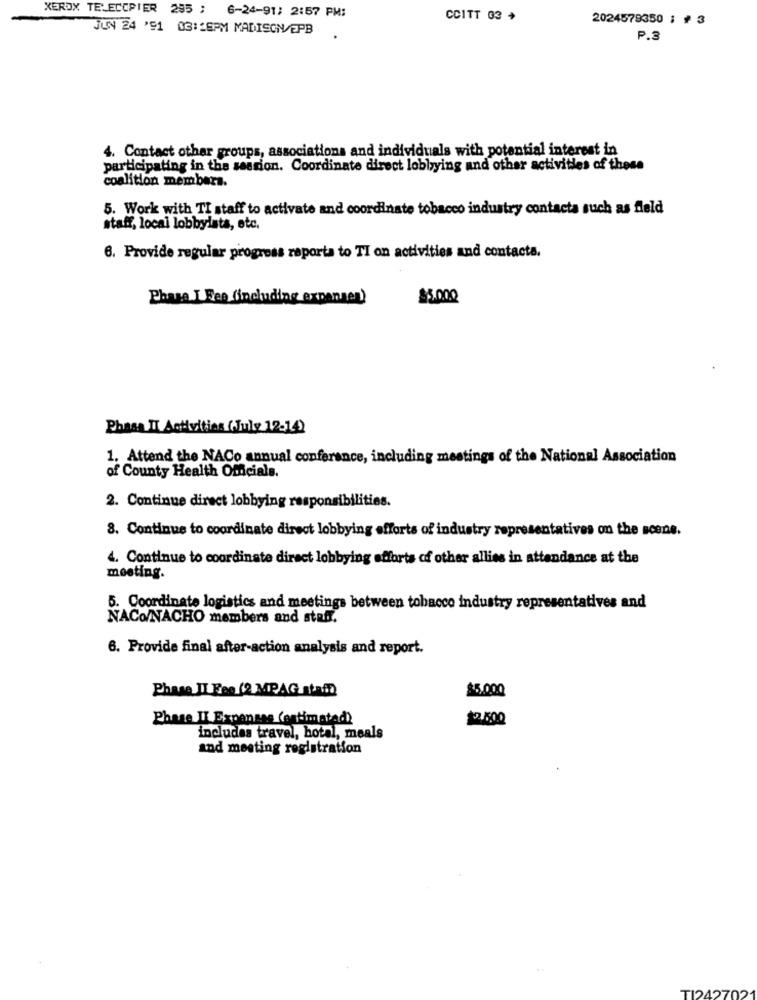
XEROX TELECOPIER 295 ; 6-24-91; 2:57 PM:
CCITT 03 +
2024579350 1 # 3
JUN 24 '91 03:26PM MADISON/EPB
P.3
4. Contact other groups, associations and individuals with potential interest in
participating in the session. Coordinate direct lobbying and other activities of these
coalition members.
5. Work with TI staff to activate and coordinate tobacco industry contacta such as fleld
staff, local lobbyists, etc.
6. Provide regular progress reporta to TI on activities and contacts.
Phase I Fee (including expennen)
25.000
Phase II Activities (July 12-14)
1. Attend the NACo annual conference, including meetings of the National Association
of County Health Officials.
2. Continue direct lobbying responsibilities.
8. Continue to coordinate direct lobbying efforts of industry representatives on the scene.
4. Continue to coordinate direct lobbying efforts of other allies in attendance at the
meeting.
5. Coordinate logistics and meetings between tobacco industry representatives and
NACo/NACHO members and staff.
6. Provide final after-action analysis and report.
Phase JI Fee (2 MPAG Atan)
$5.000
Phase II Expensas (estimated)
2.500
includes travel, hotel, meals
and meeting registration
TI242702'